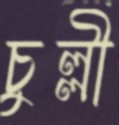
চুল্লী